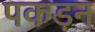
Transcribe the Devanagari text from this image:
पकड़न